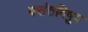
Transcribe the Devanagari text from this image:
बसंतविषुव